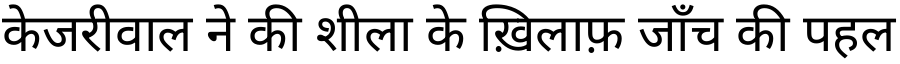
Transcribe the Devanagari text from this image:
केजरीवाल ने की शीला के ख़िलाफ़ जाँच की पहल